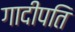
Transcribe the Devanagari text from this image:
गादीपति